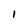
Character: 1